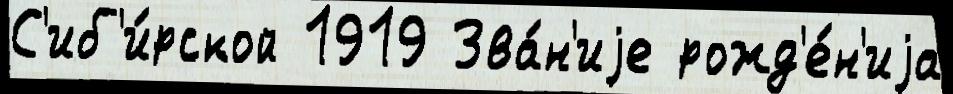
С'иб'и́рской 1919 Зва́н'иjе рожд'е́н'иjа